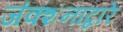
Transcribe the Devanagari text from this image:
जंक्शनाद्वारे